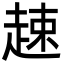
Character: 趚